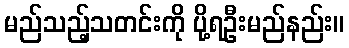
မည်သည့်သတင်းကို ပို့ရဦးမည်နည်း။